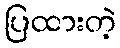
ပြထားတဲ့